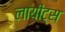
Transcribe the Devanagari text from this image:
लायीट्स